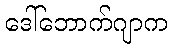
ဒေါ်ဘောက်ဂျာက